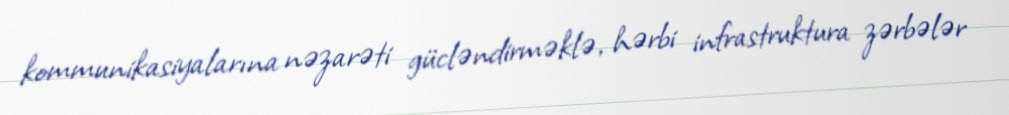
kommunikasiyalarına nəzarəti gücləndirməklə, hərbi infrastruktura zərbələr